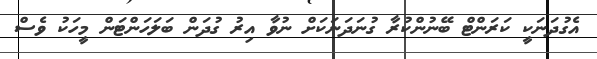
އެގުދަނަކީ ކަރަންޓް ބޭނުންކުރާ ގުނަދަނަކަށް ނުވާ އިރު ގުދަން ބަލަހަންޓަން މީހަކު ވެސް